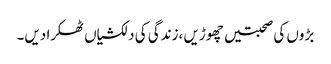
بڑوں کی صحبتیں چھوڑیں ،زندگی کی دلکشیاں ٹھکرا دیں۔